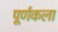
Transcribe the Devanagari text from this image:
पूर्णकला